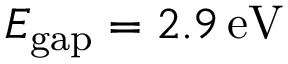
E _ { \mathrm { g a p } } = 2 . 9 \, \mathrm { e V }